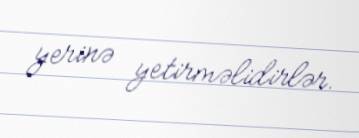
yerinə yetirməlidirlər.